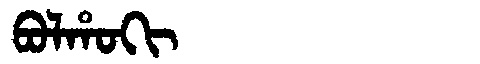
Manchu: ᠪᠣᠯᡥᠣᡴᡳ
Romanization: BOLHOKI